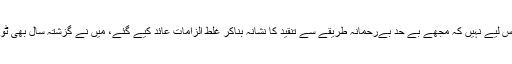
گلوکارہ نے لکھا کہ ’’ ٹوئٹر سے رخصت لے رہی ہوں، اس لیے نہیں کہ مجھے بے حد بےرحمانہ طریقے سے تنقید کا نشانہ بناکر غلط الزامات عائد کیے گئے، میں نے گزشتہ سال بھی ٹوئٹر سے بریک لے تھی اور اس سال بھی لے سکتی ہوں‘‘۔